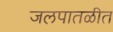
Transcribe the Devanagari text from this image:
जलपातळीत